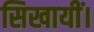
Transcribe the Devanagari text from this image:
सिखायीं।